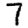
Digit: 7